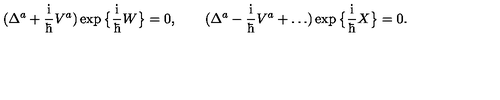
( \Delta ^ { a } + \mathrm { \Large \frac { i } { \hbar } } V ^ { a } ) \exp \big \{ \mathrm { \Large \frac { i } { \hbar } } W \big \} = 0 , \qquad ( \Delta ^ { a } - \mathrm { \Large \frac { i } { \hbar } } V ^ { a } + \ldots ) \exp \big \{ \mathrm { \Large \frac { i } { \hbar } } X \big \} = 0 .